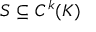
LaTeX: S \subseteq C ^ { k } ( K )